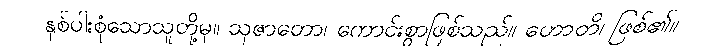
နှစ်ပါးစုံသောသူတို့မှ။ သုဇာတော၊ ကောင်းစွာဖြစ်သည်။ ဟောတိ၊ ဖြစ်၏။